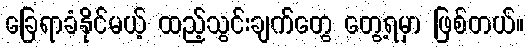
ခြေရာခံနိုင်မယ့် ထည့်သွင်းချက်တွေ တွေ့ရမှာ ဖြစ်တယ်။